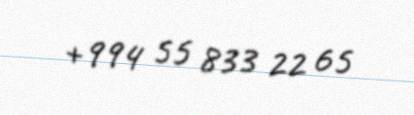
+994 55 833 22 65